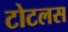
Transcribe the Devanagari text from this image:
टोटलस